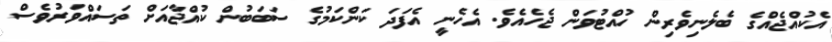
އެކުއްޖެއްގެ ބެލެނިވެރިން ހުއްޓުވަން ޖެހެއެވެ. އެހެނީ އެފަދަ ކަންކަމުގެ ސަބަބުން ކުއްޖާއަށް ތަސައްވަރުވެސް